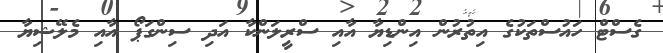
ގެސްޓް ހައުސްތަކުގެ އިތުރުން އިންޑިޔާ އާއި ސްރީލަންކާ އަދި ސިންގަޕޯ އާއި މެލޭޝިޔާ